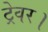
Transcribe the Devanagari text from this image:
ट्रेवर।